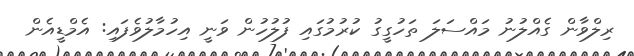
ރިލްވާން ގެއްލުނު މައްސަލަ ތަހުގީގު ކުރުމުގައި ފުލުހުން ވަނީ އިހުމާލުވެފައި: އެމްޑީއެން